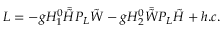
{ \cal L } = - g H _ { 1 } ^ { 0 } \bar { \tilde { H } } P _ { L } \tilde { W } - g H _ { 2 } ^ { 0 } \bar { \tilde { W } } P _ { L } \tilde { H } + h . c .